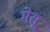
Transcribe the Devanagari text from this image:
मेसू